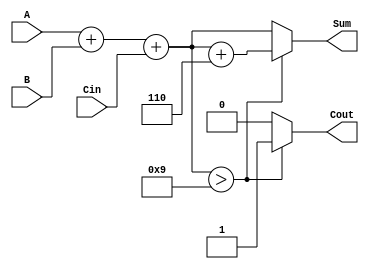
module BCD_Parallel_Adder (
    input  wire [3:0] A,      // First BCD digit (4 bits)
    input  wire [3:0] B,      // Second BCD digit (4 bits)
    input  wire Cin,          // Carry input
    output reg  [3:0] Sum,    // BCD sum output (4 bits)
    output reg  Cout          // Carry output
);

// Internal signals
wire [4:0] RawSum;           // 5-bit intermediate sum to capture carry
wire Correction;             // Flag for correction needed

// Calculate RawSum
assign RawSum = A + B + Cin;

// Determine if correction is needed
assign Correction = (RawSum[3:0] > 4'b1001); // Check if RawSum > 9

// Output logic
always @(*) begin
    if (Correction) begin
        // Apply correction by adding 6 (0110)
        Sum = RawSum[3:0] + 4'b0110;
        Cout = 1; // Set carry out since we corrected
    end else begin
        Sum = RawSum[3:0];
        Cout = 0; // No carry out if no correction needed
    end
end

endmodule